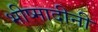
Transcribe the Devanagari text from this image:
भीष्मादीनी